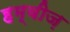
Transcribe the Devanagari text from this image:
हम्वीज़